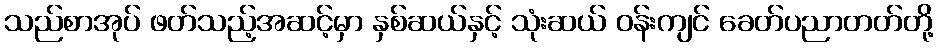
သည်စာအုပ် ဖတ်သည့်အဆင့်မှာ နှစ်ဆယ်နှင့် သုံးဆယ် ဝန်းကျင် ခေတ်ပညာတတ်တို့